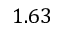
1 . 6 3